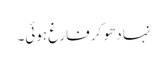
نہا دھو کر فارغ ہوئی۔